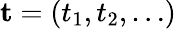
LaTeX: \mathbf{t}=(t_{1},t_{2},\ldots)